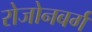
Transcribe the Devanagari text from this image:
रोजोनबर्ग